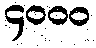
၄၀၀၀